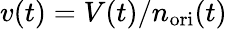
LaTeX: v(t)=V(t)/n_{\mathrm{ori}}(t)